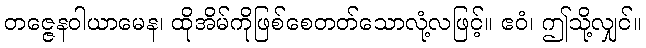
တဇ္ဇေနဝါယာမေန၊ ထိုအိမ်ကိုဖြစ်စေတတ်သောလုံ့လဖြင့်။ ဧဝံ၊ ဤသို့လျှင်။